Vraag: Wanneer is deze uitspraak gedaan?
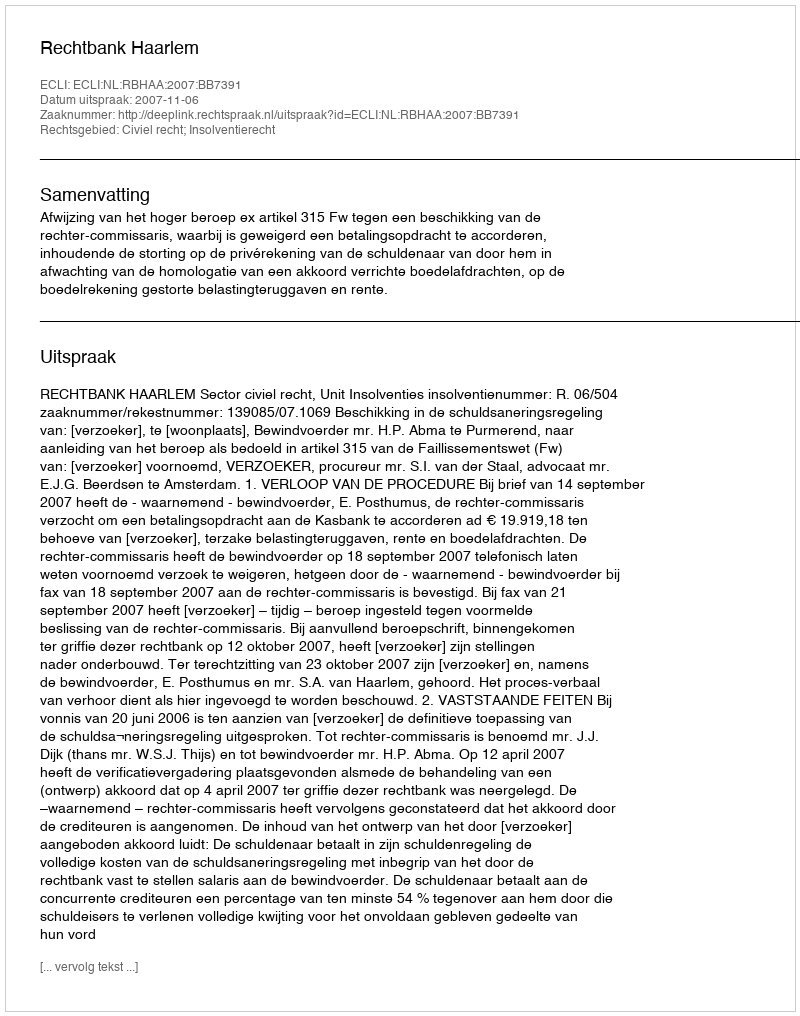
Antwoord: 2007-11-06